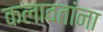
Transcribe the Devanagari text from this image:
कलावतांना